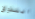
التذوق